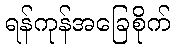
ရန်ကုန်အခြေစိုက်